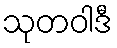
သုတဝါဒီ